Indian journal of veterinary science and animal husbandry - Volumes 15-17, 1948-1951
Year: 1948
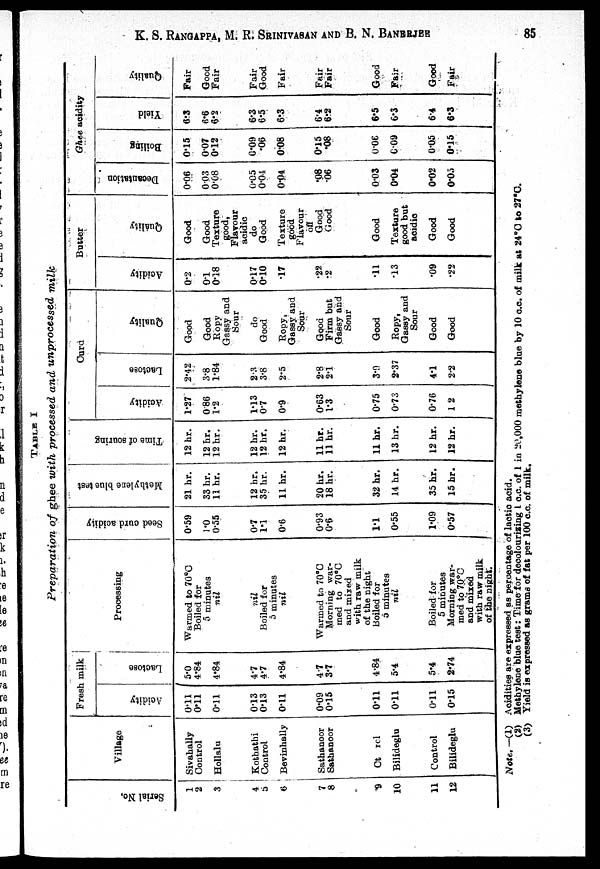
K. S. RANGAPPA, M. R. SRINIVASAN AND B. N. BANERJEE 85
TABLE
I
Preparation
of ghee with processed
and unprocessed
milk
Ser i al No.
1
2
3
4
5
6
7
8
9
10
11
12
Village
Sivahally
Control
Hollalu
Kothathi
Control
Bevinhally
Sathanoor
Sathanoor
Ct rol
Bilideglu
Control
Bilideglu
Fresh milk
Acidity
0.11
0.11
0.11
0.13
0.13
0.11
0.09
0.15
0.11
0.11
0.11
0.15
Lact os e
5.0
4.84
4.84
4.7
4.7
4.84
4-7
3.7
4.84
5.4
5.4
2.74
Processing
Warmed to 70°C
Boiled for
5 minutes
nil
nil
Boiled for
5 minutes
nil
Warmed to 70°C
Morning war-
med to 70°C
and mixed
with raw milk
of the night
Boiled for
5 minutes
nil
Boiled for
5 minutes
Morning war-
med to 70°C
and mixed
with raw milk
of the night.
Seed curd acidity
0.59
1.0
0.55
0.7
1.1
0.6
0.93
0.6
1.1
0.55
1.09
0.57
Methylene blue test
21 hr.
33 hr.
11 hr.
12 hr.
35 hr.
11 hr.
20 hr.
18 hr.
32 hr.
14 hr.
35 hr.
15 hr.
Time of souring
12 hr.
12 hr.
12 hr.
12 hr.
12 hr.
12 hr.
11 hr.
11 hr.
11 hr.
13 hr.
12 hr.
12 hr.
Curd
Acidity
1.27
0.86
1.2
1.13
0.7
0.9
0.63
1.3
0.75
0.73
0.76
1.2
Lact os e
2.42
3.8
1.84
2.3
3.8
2.5
2.8
2.1
3.9
2.37
4.1
2.2
Qual i
t
y
Good
Good
Ropy
Gassy and
Sour
do
Good
Ropy,
Gassy and
Sour
Good
Firm but
Gassy and
Sour
Good
Ropy,
Gassy and
Sour
Good
Good
Butter
Acidity
0.2
0.1
0.18
0.17
0.10
.17
.22
.2
.11
.13
.09
.22
Qual i
t
y
Good
Good
Texture
good,
Flavour
acidic
do
Good
Texture
good
Flavour
on
Good
Good
Good
Texture
good but
acidic
Good
Good
Ghee acidity
De c a nta tion
0.06
003
0.08
0.05
0.04
0.04
.08
.06
0.03
0.04
0.02
0.05
Boi l
i
ng
0.15
0.07
0.12
0.09
.06
0.08
0.15
.08
0.06
0.09
0.05
0.15
Yi el d
6.3
6.6
6.2
6.3
6.5
6.3
6.4
6.2
6.5
6.3
6.4
6.3
Qual i
t
y
Fair
Good
Fair
Fair
Good
Fair
Fair
Fair
Good
Fair
Good
Fair
Note. —(1) Acidities are expressed as percentage of lactic acid.
(2) Methylene blue test: Time for decolourizing 1 c.c. of 1 in 20,000 methylene blue by 10 c.c. of milk at 24°C to 27°C.
(3) Yield is expressed as grams of fat per 100 c.c. of milk.